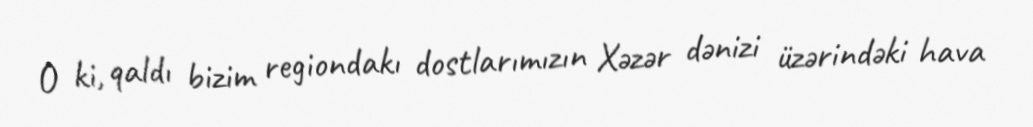
O ki, qaldı bizim regiondakı dostlarımızın Xəzər dənizi üzərindəki hava